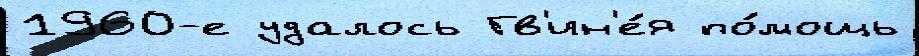
1960-е удалось Гв'ин'е́я по́мощь